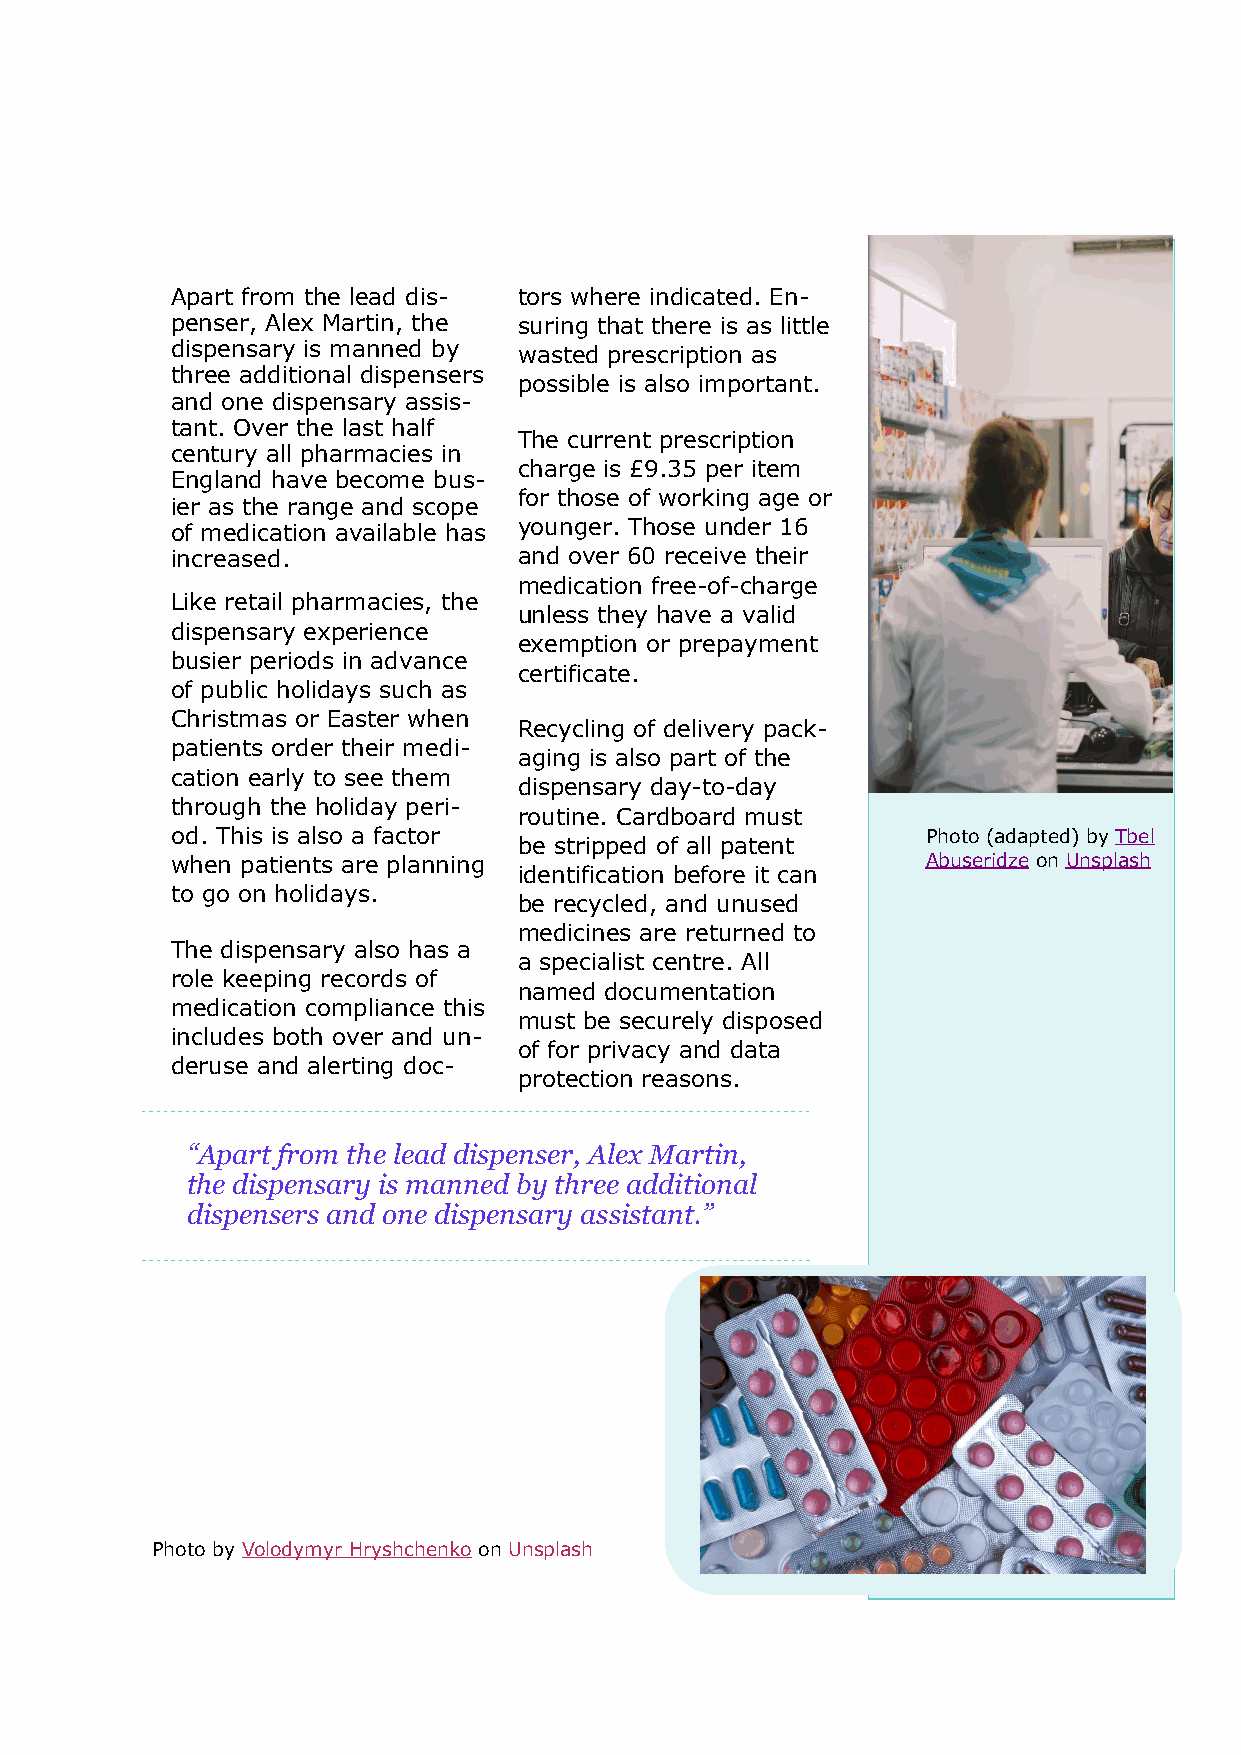
Apart from the lead dis- tors where indicated. En-
 penser, Alex Martin, the suring that there is as little
 dispensary is manned by wasted prescription as
 three additional dispensers
 possible is also important.
 and one dispensary assis-
 tant. Over the last half
 The current prescription
 century all pharmacies in
 charge is £9.35 per item
 England have become bus-
 for those of working age or
 ier as the range and scope
 of medication available has younger. Those under 16
 increased.             and over 60 receive their
 - -
 medication free of charge
 Like retail pharmacies, the
 unless they have a valid
 dispensary experience
 exemption or prepayment
 busier periods in advance
 certificate.
 of public holidays such as
 Christmas or Easter when
 Recycling of delivery pack-
 patients order their medi-
 aging is also part of the
 cation early to see them           - -
 dispensary day to day
 through the holiday peri-
 routine. Cardboard must
 od. This is also a factor                         Photo (adapted) by Tbel
 be stripped of all patent
 when patients are planning                        Abuseridze on Unsplash
 identification before it can
 to go on holidays.
 be recycled, and unused
 medicines are returned to
 The dispensary also has a
 a specialist centre. All
 role keeping records of
 named documentation
 medication compliance this
 must be securely disposed
 includes both over and un-
 of for privacy and data
 deruse and alerting doc-
 protection reasons.
 “Apart from the lead dispenser, Alex Martin,
 the dispensary is manned by three additional
 dispensers and one dispensary assistant.”
 Photo by Volodymyr Hryshchenko on Unsplash
 55